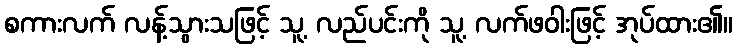
စကားလက် လန့်သွားသဖြင့် သူ့ လည်ပင်းကို သူ့ လက်ဖဝါးဖြင့် အုပ်ထား၏။